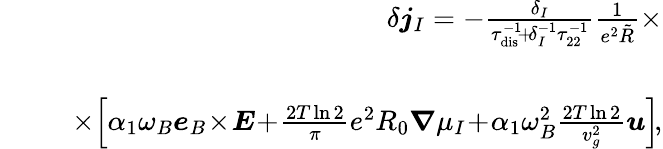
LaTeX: \begin{array}{rlr}&{}&{\! \! \! \! \! \delta\boldsymbol{j}_{I}=-\frac{\delta_{I}}{\tau_{\mathrm{dis}}^{-1}\! +\! \delta_{I}^{-1}\tau_{22}^{-1}}\frac{1}{e^{2}\tilde{R}}\times}\\ &{}&\\ &{}&{\; \; \times\! \left[\alpha_{1}\omega_{B}\boldsymbol{e}_{B}\! \times\! \boldsymbol{E}\! +\! \frac{2T\ln 2}{\pi}e^{2}R_{0}\boldsymbol{\nabla}\mu_{I}\! +\! \alpha_{1}\omega_{B}^{2}\frac{2T\ln 2}{v_{g}^{2}}\boldsymbol{u}\right]\! ,}\end{array}